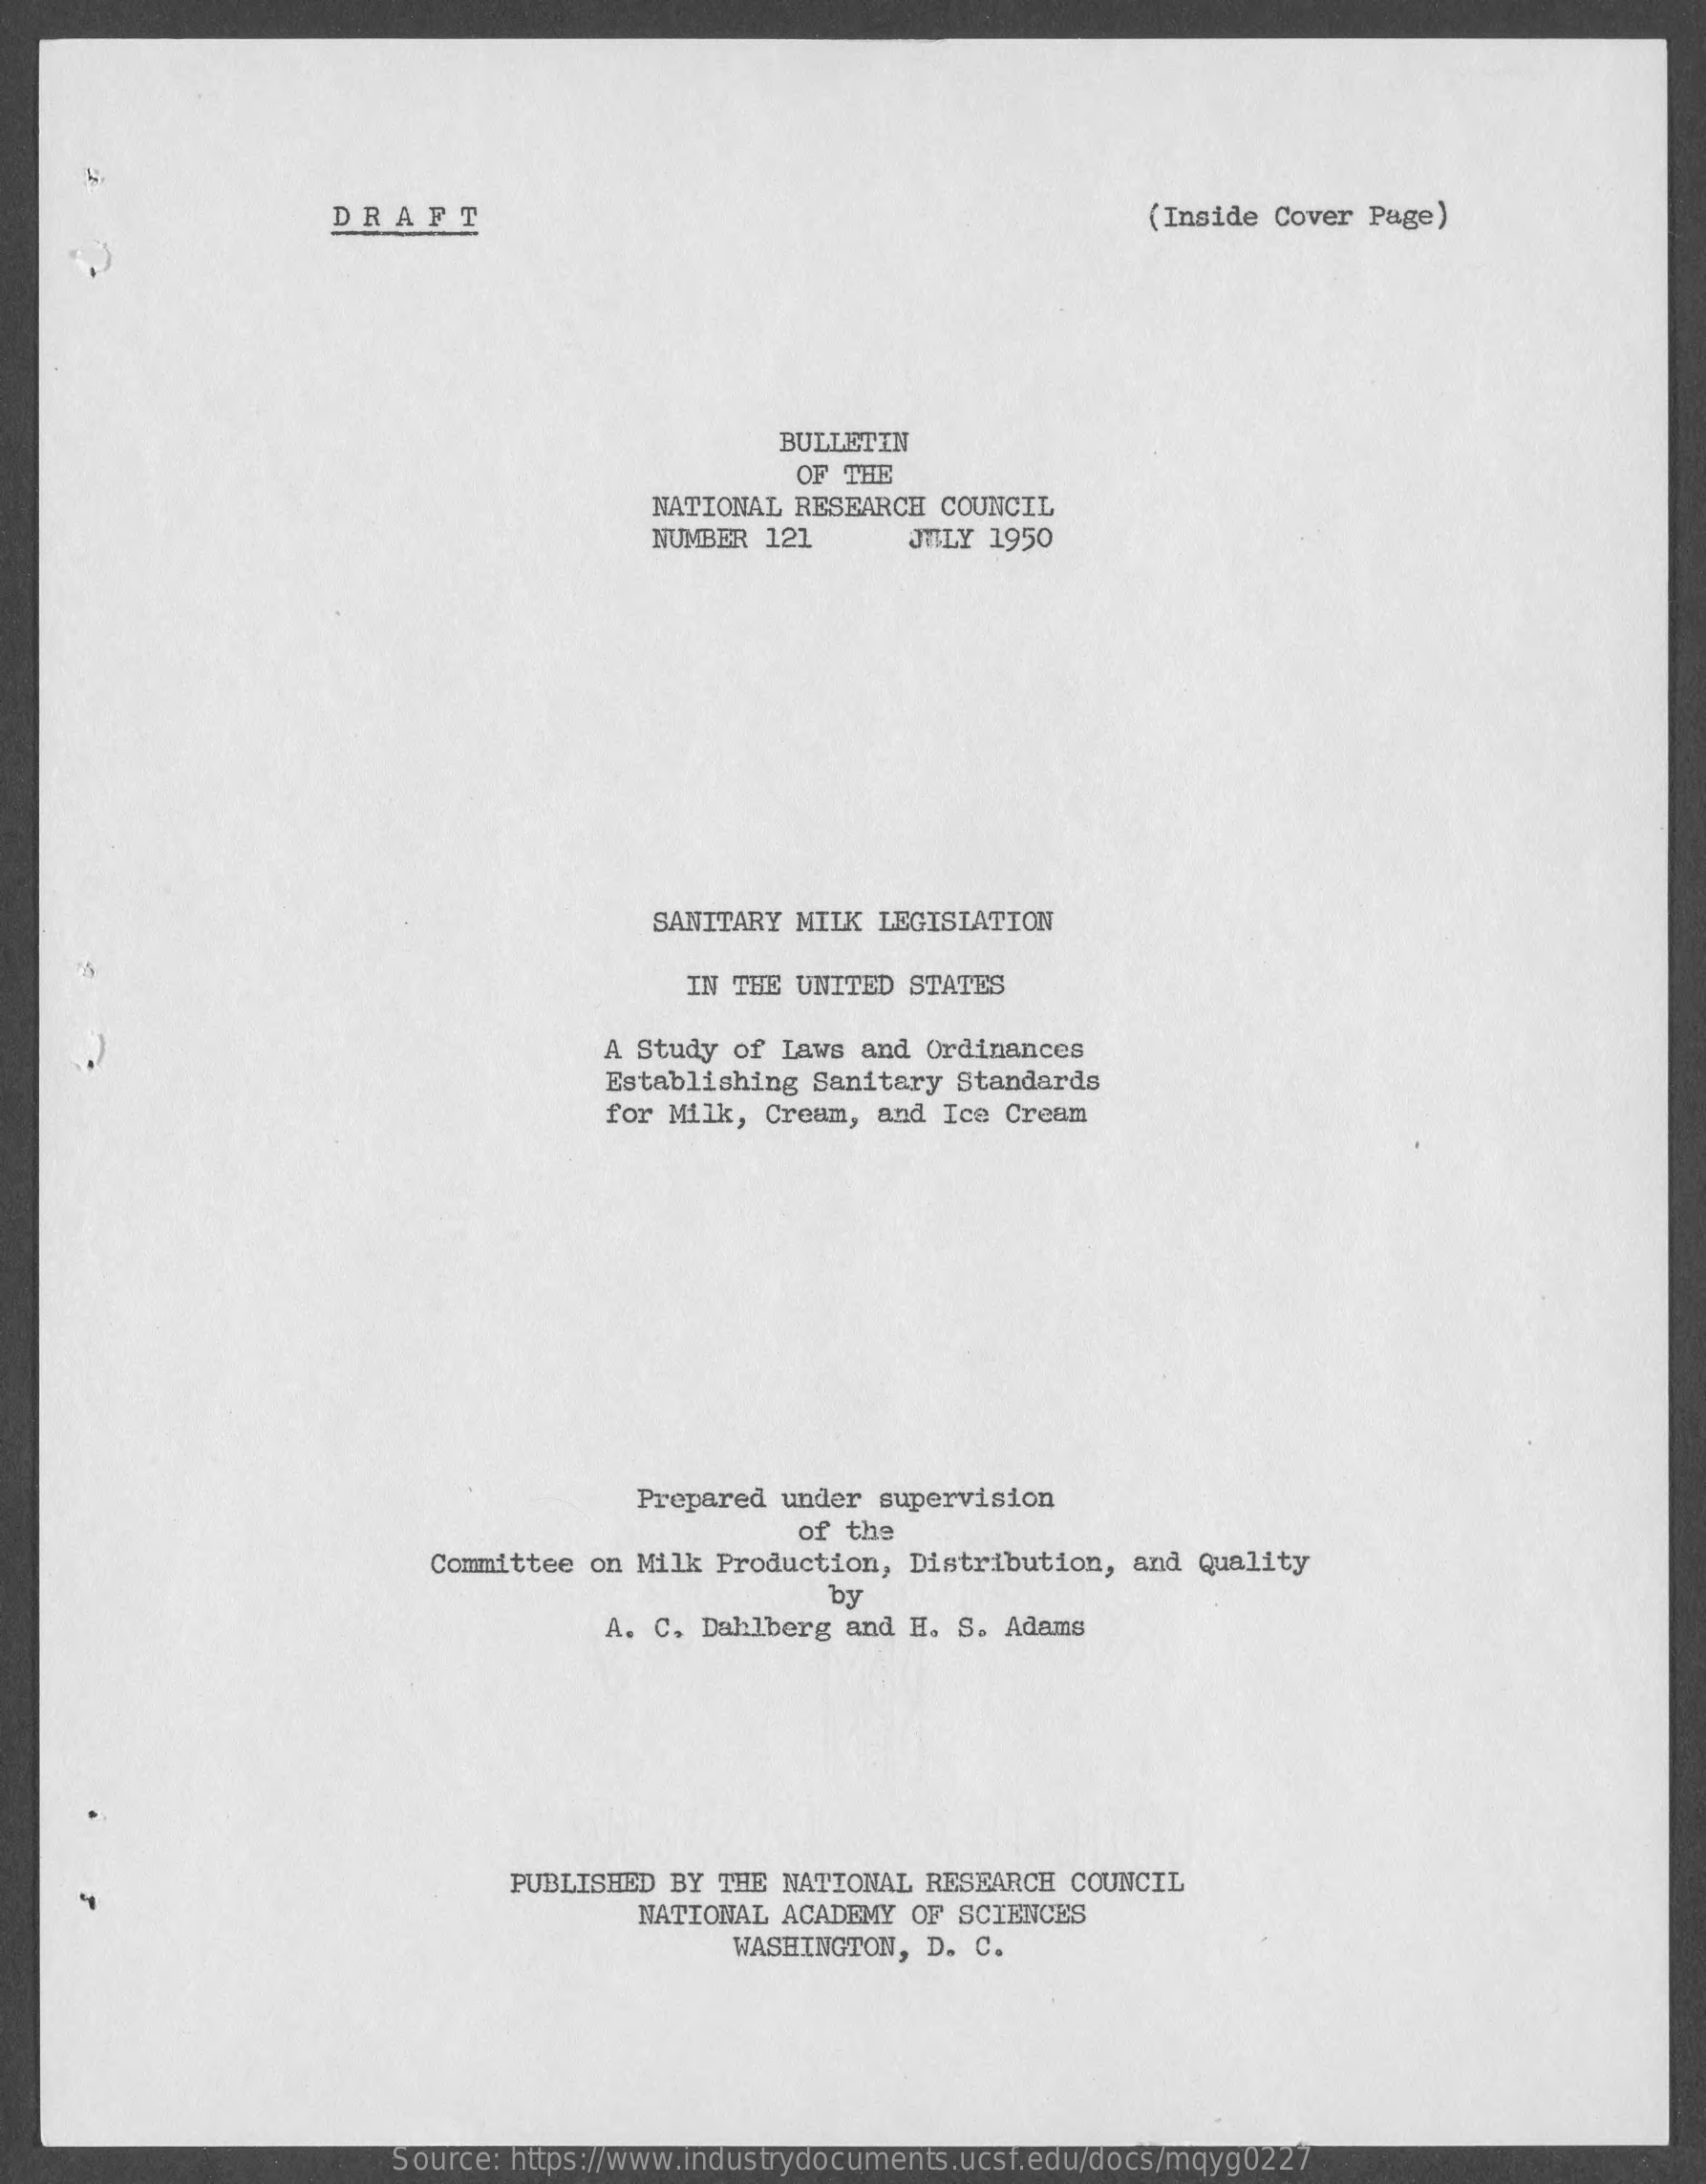
DRAFT    (Inside Cover Page)
     BULLETIN
     OF THE
     NATIONAL RESEARCH COUNCIL
     NUMBER 121    JULY  1950
     SANITARY MILK LEGISLATION
     IN THE UNITED STATES
     A Study of Laws and Ordinances
     Establishing Sanitary Standards
     for Milk, Cream, and Ice Cream
     Prepared under supervision
     Committee on Milk Production, Distribution,  and Quality
     of the
     by
     A. C. Dahlberg and H. S.  Adams
     PUBLISHED BY THE NATIONAL RESEARCH  COUNCIL
     NATIONAL ACADEMY OF  SCIENCES
     WASHINGTON, D.  C.
     Source: https://www.industrydocuments.ucsf.edu/docs/mqyg0227